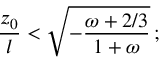
{ \frac { z _ { 0 } } { l } } < \sqrt { - { \frac { \omega + 2 / 3 } { 1 + \omega } } } \, ;